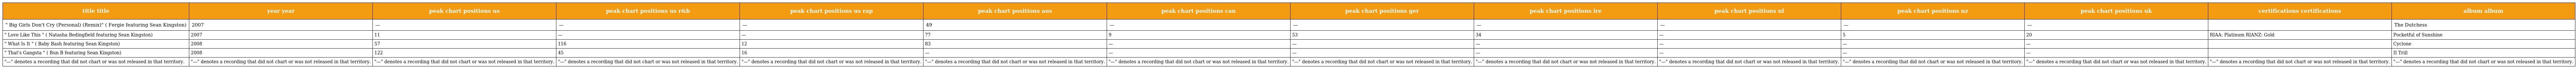
| title title | year year | peak chart positions us | peak chart positions us r&b | peak chart positions us rap | peak chart positions aus | peak chart positions can | peak chart positions ger | peak chart positions ire | peak chart positions nl | peak chart positions nz | peak chart positions uk | certifications certifications | album album |
 | --- | --- | --- | --- | --- | --- | --- | --- | --- | --- | --- | --- | --- | --- |
 | " Big Girls Don't Cry (Personal) (Remix)" ( Fergie featuring Sean Kingston) | 2007 | — | — | — | 49 | — | — | — | — | — | — |  | The Dutchess |
 | " Love Like This " ( Natasha Bedingfield featuring Sean Kingston) | 2007 | 11 | — | — | 77 | 9 | 53 | 34 | — | 5 | 20 | RIAA: Platinum RIANZ: Gold | Pocketful of Sunshine |
 | " What Is It " ( Baby Bash featuring Sean Kingston) | 2008 | 57 | 116 | 12 | 83 | — | — | — | — | — | — |  | Cyclone |
 | " That's Gangsta " ( Bun B featuring Sean Kingston) | 2008 | 122 | 45 | 16 | — | — | — | — | — | — | — |  | II Trill |
 | "—" denotes a recording that did not chart or was not released in that territory. | "—" denotes a recording that did not chart or was not released in that territory. | "—" denotes a recording that did not chart or was not released in that territory. | "—" denotes a recording that did not chart or was not released in that territory. | "—" denotes a recording that did not chart or was not released in that territory. | "—" denotes a recording that did not chart or was not released in that territory. | "—" denotes a recording that did not chart or was not released in that territory. | "—" denotes a recording that did not chart or was not released in that territory. | "—" denotes a recording that did not chart or was not released in that territory. | "—" denotes a recording that did not chart or was not released in that territory. | "—" denotes a recording that did not chart or was not released in that territory. | "—" denotes a recording that did not chart or was not released in that territory. | "—" denotes a recording that did not chart or was not released in that territory. | "—" denotes a recording that did not chart or was not released in that territory. |